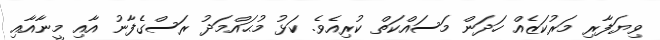
ވިޔަފާރި މަރުކަޒެއް ހަދަން މަސައްކަތް ކުރިއެވެ. ކަޅު މުޙައްމަދު ރަސްގެފާނު އާއި މީނާއާއި